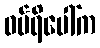
ဝမ်ရိပေါ်က